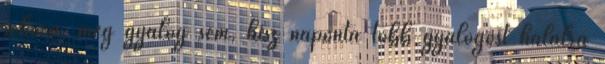
sehova, még gyalog sem, hisz naponta több gyalogost halálra